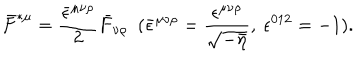
\bar { F } ^ { \ast \mu } = \frac { \bar { \epsilon } ^ { \mu \nu \rho } } { 2 } \bar { F } _ { \nu \rho } ~ ~ ( \bar { \epsilon } ^ { \mu \nu \rho } = \frac { \epsilon ^ { \mu \nu \rho } } { \sqrt { - \bar { \eta } } } , ~ \epsilon ^ { 0 1 2 } = - 1 ) .